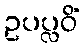
ဥပပ္လဝိံ